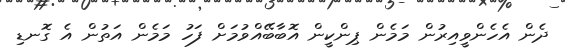
ދެން އެހެންވީއިރުން މަމެން ޕިންކީން އޮބާބޭއްވުމަށް ފަހު މަމެން އަތުން އެ ގޮނޑި